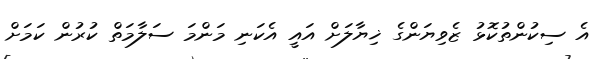
އެ ސިކުންތުކޮޅު ޒެވިޔަންގެ ޚިޔާލަށް އައީ އެކަނި މަންމަ ސަލާމަތް ކުރުން ކަމަށް